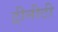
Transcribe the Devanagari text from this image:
ट्रीनीटी